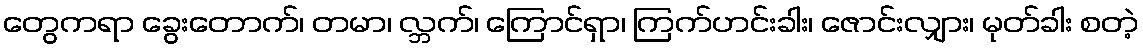
တွေကရာ ခွေးတောက်၊ တမာ၊ လ္ဘက်၊ ကြောင်ရှာ၊ ကြက်ဟင်းခါး၊ ဇောင်းလျှား၊ မုတ်ခါး စတဲ့